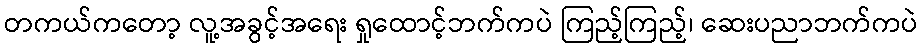
တကယ်ကတော့ လူ့အခွင့်အရေး ရှုထောင့်ဘက်ကပဲ ကြည့်ကြည့်၊ ဆေးပညာဘက်ကပဲ